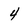
Character: 4